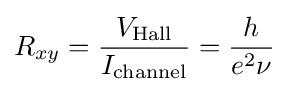
R_{xy}={\frac {V_{\text{Hall}}}{I_{\text{channel}}}}={\frac {h}{e^{2}\nu }}